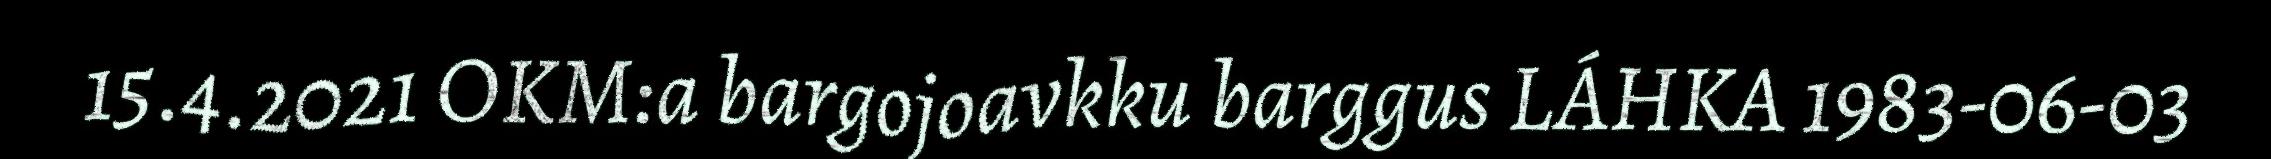
15.4.2021 OKM:a bargojoavkku barggus LÁHKA 1983-06-03